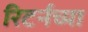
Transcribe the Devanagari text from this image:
रिटर्नच्या